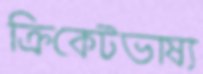
ক্রিকেটভাষ্য